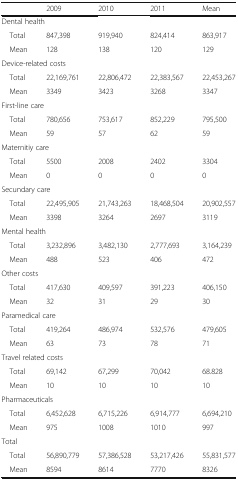
|  | 2009 | 2010 | 2011 | Mean |
 | --- | --- | --- | --- | --- |
 | <COLSPAN=5> Dental health |
 | Total | 847,398 | 919,940 | 824,414 | 863,917 |
 | Mean | 128 | 138 | 120 | 129 |
 | <COLSPAN=5> Device-related costs |
 | Total | 22,169,761 | 22,806,472 | 22,383,567 | 22,453,267 |
 | Mean | 3349 | 3423 | 3268 | 3347 |
 | <COLSPAN=5> First-line care |
 | Total | 780,656 | 753,617 | 852,229 | 795,500 |
 | Mean | 59 | 57 | 62 | 59 |
 | <COLSPAN=5> Maternitiy care |
 | Total | 5500 | 2008 | 2402 | 3304 |
 | Mean | 0 | 0 | 0 | 0 |
 | <COLSPAN=5> Secundary care |
 | Total | 22,495,905 | 21,743,263 | 18,468,504 | 20,902,557 |
 | Mean | 3398 | 3264 | 2697 | 3119 |
 | <COLSPAN=5> Mental health |
 | Total | 3,232,896 | 3,482,130 | 2,777,693 | 3,164,239 |
 | Mean | 488 | 523 | 406 | 472 |
 | <COLSPAN=5> Other costs |
 | Total | 417,630 | 409,597 | 391,223 | 406,150 |
 | Mean | 32 | 31 | 29 | 30 |
 | <COLSPAN=5> Paramedical care |
 | Total | 419,264 | 486,974 | 532,576 | 479,605 |
 | Mean | 63 | 73 | 78 | 71 |
 | <COLSPAN=5> Travel related costs |
 | Total | 69,142 | 67,299 | 70,042 | 68.828 |
 | Mean | 10 | 10 | 10 | 10 |
 | <COLSPAN=5> Pharmaceuticals |
 | Total | 6,452,628 | 6,715,226 | 6,914,777 | 6,694,210 |
 | Mean | 975 | 1008 | 1010 | 997 |
 | <COLSPAN=5> Total |
 | Total | 56.890.779 | 57.386.528 | 53.217.426 | 55.831.577 |
 | Mean | 8.594 | 8.614 | 7.770 | 8.326 |